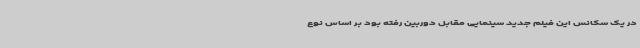
در یک سکانس این فیلم جدید سینمایی مقابل دوربین رفته بود بر اساس نوع